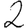
Digit: 2